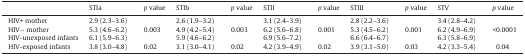
<table><thead><tr><td></td><td><b>STIa</b></td><td><b><i>p</i> value</b></td><td><b>STIb</b></td><td><b><i>p</i> value</b></td><td><b>STII</b></td><td><b><i>p</i> value</b></td><td><b>STIII</b></td><td><b><i>p</i> value</b></td><td><b>STV</b></td><td><b><i>p</i> value</b></td></tr></thead><tbody><tr><td>HIV+ mother</td><td>2.9 (2.3–3.6)</td><td></td><td>2.6 (1.9–3.2)</td><td></td><td>3.1 (2.4–3.9)</td><td></td><td>2.8 (2.2–3.6)</td><td></td><td>3.4 (2.8–4.2)</td><td></td></tr><tr><td>HIV− mother</td><td>5.3 (4.6–6.2)</td><td>0.003</td><td>4.9 (4.2–5.4)</td><td>0.003</td><td>6.2 (5.6–6.8)</td><td>0.001</td><td>5.3 (4.5–6.2)</td><td>0.001</td><td>6.2 (4.9–6.9)</td><td>&lt;0.0001</td></tr><tr><td>HIV-unexposed infants</td><td>6.1 (5.9–6.3)</td><td></td><td>5.9 (4.6–6.2)</td><td></td><td>6.9 (5.6–7.2)</td><td></td><td>6.6 (6.4–6.7)</td><td></td><td>6.3 (5.8–6.9)</td><td></td></tr><tr><td>HIV-exposed infants</td><td>3.8 (3.0–4.8)</td><td>0.02</td><td>3.1 (3.0–4.1)</td><td>0.02</td><td>4.2 (3.9–4.9)</td><td>0.02</td><td>3.9 (3.1–5.0)</td><td>0.03</td><td>4.2 (3.3–5.4)</td><td>0.04</td></tr></tbody></table>